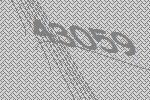
43059